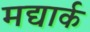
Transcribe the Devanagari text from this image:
मद्यार्क